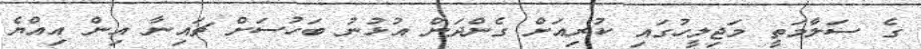
ގެ ސަލާމަތީ މަޖިލީހުގައި ކުރިއަށް ގެންދަން އުޅުނު ބަހުސަށް ޗައިނާ އިން އިއްޔެ